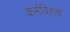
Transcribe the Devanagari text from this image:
कर्मविरांचे